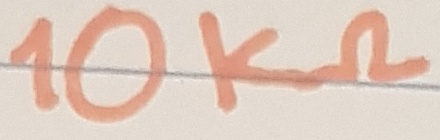
Text: 10KΩ